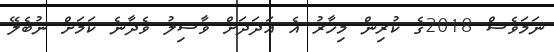
ނަމަވެސް 2018ގެ ކުރިން މިހާރު އެ އަދަދަށް ވާސިލު ވެދާނެ ކަމަށް ނުބެލޭ